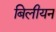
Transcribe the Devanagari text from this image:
बिलीयन